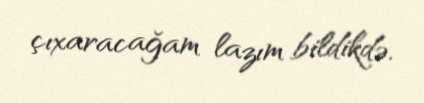
çıxaracağam lazım bildikdə.